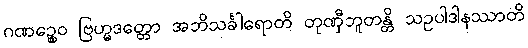
ဂဏဉ္စေဝ ဗြဟ္မဒတ္တော အဘိသင်္ခါရောတိ တုဏှီဘူတန္တိ သဥပါဒါနဿာတိ